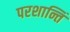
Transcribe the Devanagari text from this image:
परशान्तिं